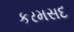
કરમસદ